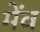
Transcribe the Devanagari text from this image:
मेंव